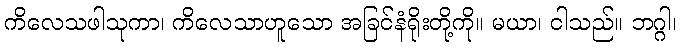
ကိလေသဖါသုကာ၊ ကိလေသာဟူသော အခြင်နံရိုးတို့ကို။ မယာ၊ ငါသည်။ ဘဂ္ဂါ၊